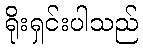
ရိုးရှင်းပါသည်